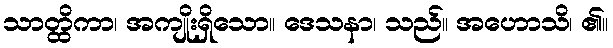
သာတ္ထိကာ၊ အကျိုးရှိသော။ ဒေသနာ၊ သည်။ အဟောသိ၊ ၏။